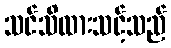
သင်သိထားသင့်သည်